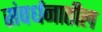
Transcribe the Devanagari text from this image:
संवर्धनातील